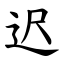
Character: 迟